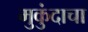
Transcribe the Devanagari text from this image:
मुकुंदाचा